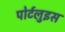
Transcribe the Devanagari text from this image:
पोर्टलुइस